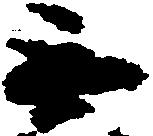
無